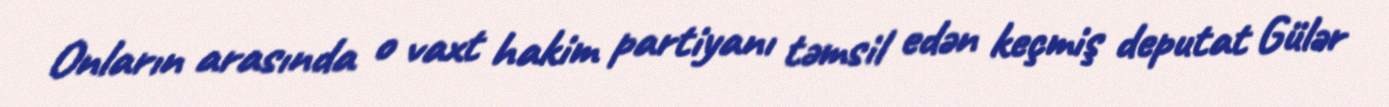
Onların arasında o vaxt hakim partiyanı təmsil edən keçmiş deputat Gülər